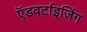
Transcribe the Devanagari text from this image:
ऍडवर्टाइजिंग